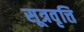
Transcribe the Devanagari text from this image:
सूत्रवृत्ति